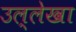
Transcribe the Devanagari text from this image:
उल्लेखा